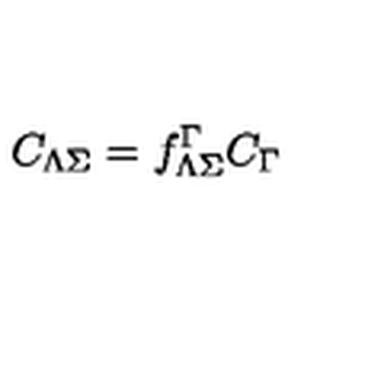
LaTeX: C _ { \Lambda \Sigma } = f _ { \Lambda \Sigma } ^ { \Gamma } C _ { \Gamma }